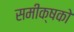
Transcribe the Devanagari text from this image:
समीक्षको